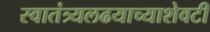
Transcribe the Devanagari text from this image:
स्वातंत्र्यलढयाच्याशेवटी